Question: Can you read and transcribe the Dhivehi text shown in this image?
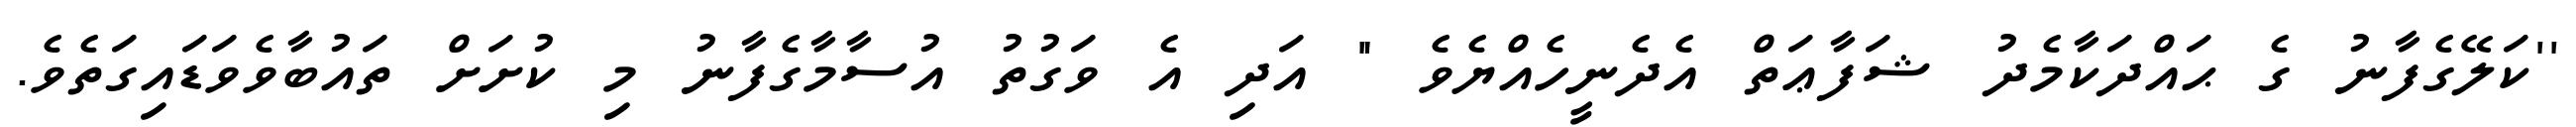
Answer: ''ކަލޭގެފާނު ގެ ޙައްދަކާމެދު ޝަފާޢަތް އެދެނީހެއްޔެވެ " އަދި އެ ވަގުތު އުސާމާގެފާނު މި ކުށަށް ތައުބާވެވަޑައިގަތެވެ.